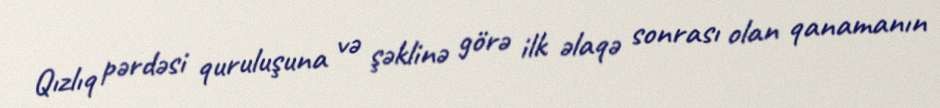
Qızlıq pərdəsi quruluşuna və şəklinə görə ilk əlaqə sonrası olan qanamanın